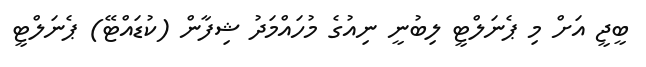
ބީޖީ އަށް މި ޕެނަލްޓީ ލިބުނީ ނިއުގެ މުހައްމަދު ޝިފާން (ކުޑައްޓޭ) ޕެނަލްޓީ